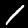
Digit: 1